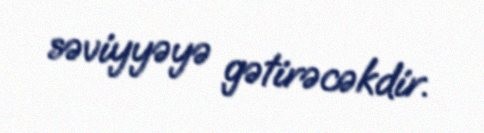
səviyyəyə gətirəcəkdir.